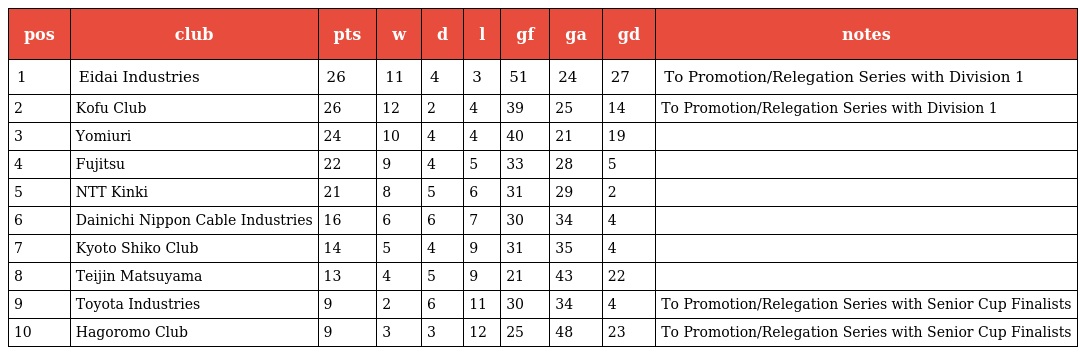
| pos | club | pts | w | d | l | gf | ga | gd | notes |
 | --- | --- | --- | --- | --- | --- | --- | --- | --- | --- |
 | 1 | Eidai Industries | 26 | 11 | 4 | 3 | 51 | 24 | ＋27 | To Promotion/Relegation Series with Division 1 |
 | 2 | Kofu Club | 26 | 12 | 2 | 4 | 39 | 25 | ＋14 | To Promotion/Relegation Series with Division 1 |
 | 3 | Yomiuri | 24 | 10 | 4 | 4 | 40 | 21 | ＋19 |  |
 | 4 | Fujitsu | 22 | 9 | 4 | 5 | 33 | 28 | ＋5 |  |
 | 5 | NTT Kinki | 21 | 8 | 5 | 6 | 31 | 29 | ＋2 |  |
 | 6 | Dainichi Nippon Cable Industries | 16 | 6 | 6 | 7 | 30 | 34 | －4 |  |
 | 7 | Kyoto Shiko Club | 14 | 5 | 4 | 9 | 31 | 35 | －4 |  |
 | 8 | Teijin Matsuyama | 13 | 4 | 5 | 9 | 21 | 43 | －22 |  |
 | 9 | Toyota Industries | 9 | 2 | 6 | 11 | 30 | 34 | －4 | To Promotion/Relegation Series with Senior Cup Finalists |
 | 10 | Hagoromo Club | 9 | 3 | 3 | 12 | 25 | 48 | －23 | To Promotion/Relegation Series with Senior Cup Finalists |